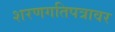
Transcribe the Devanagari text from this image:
शरणगतिपत्रावर